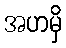
အဟမှိ